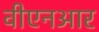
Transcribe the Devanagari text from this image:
वीएनआर